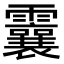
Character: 𩆶